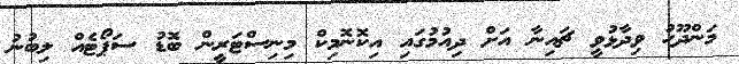
މަންދޫހު ވިދާޅުވީ ޗައިނާ އަށް ދިއުމުގައި އިކޮނޮމިކް މިނިސްޓަރީން ބޮޑު ސަޕޯޓެއް ލިބުނު